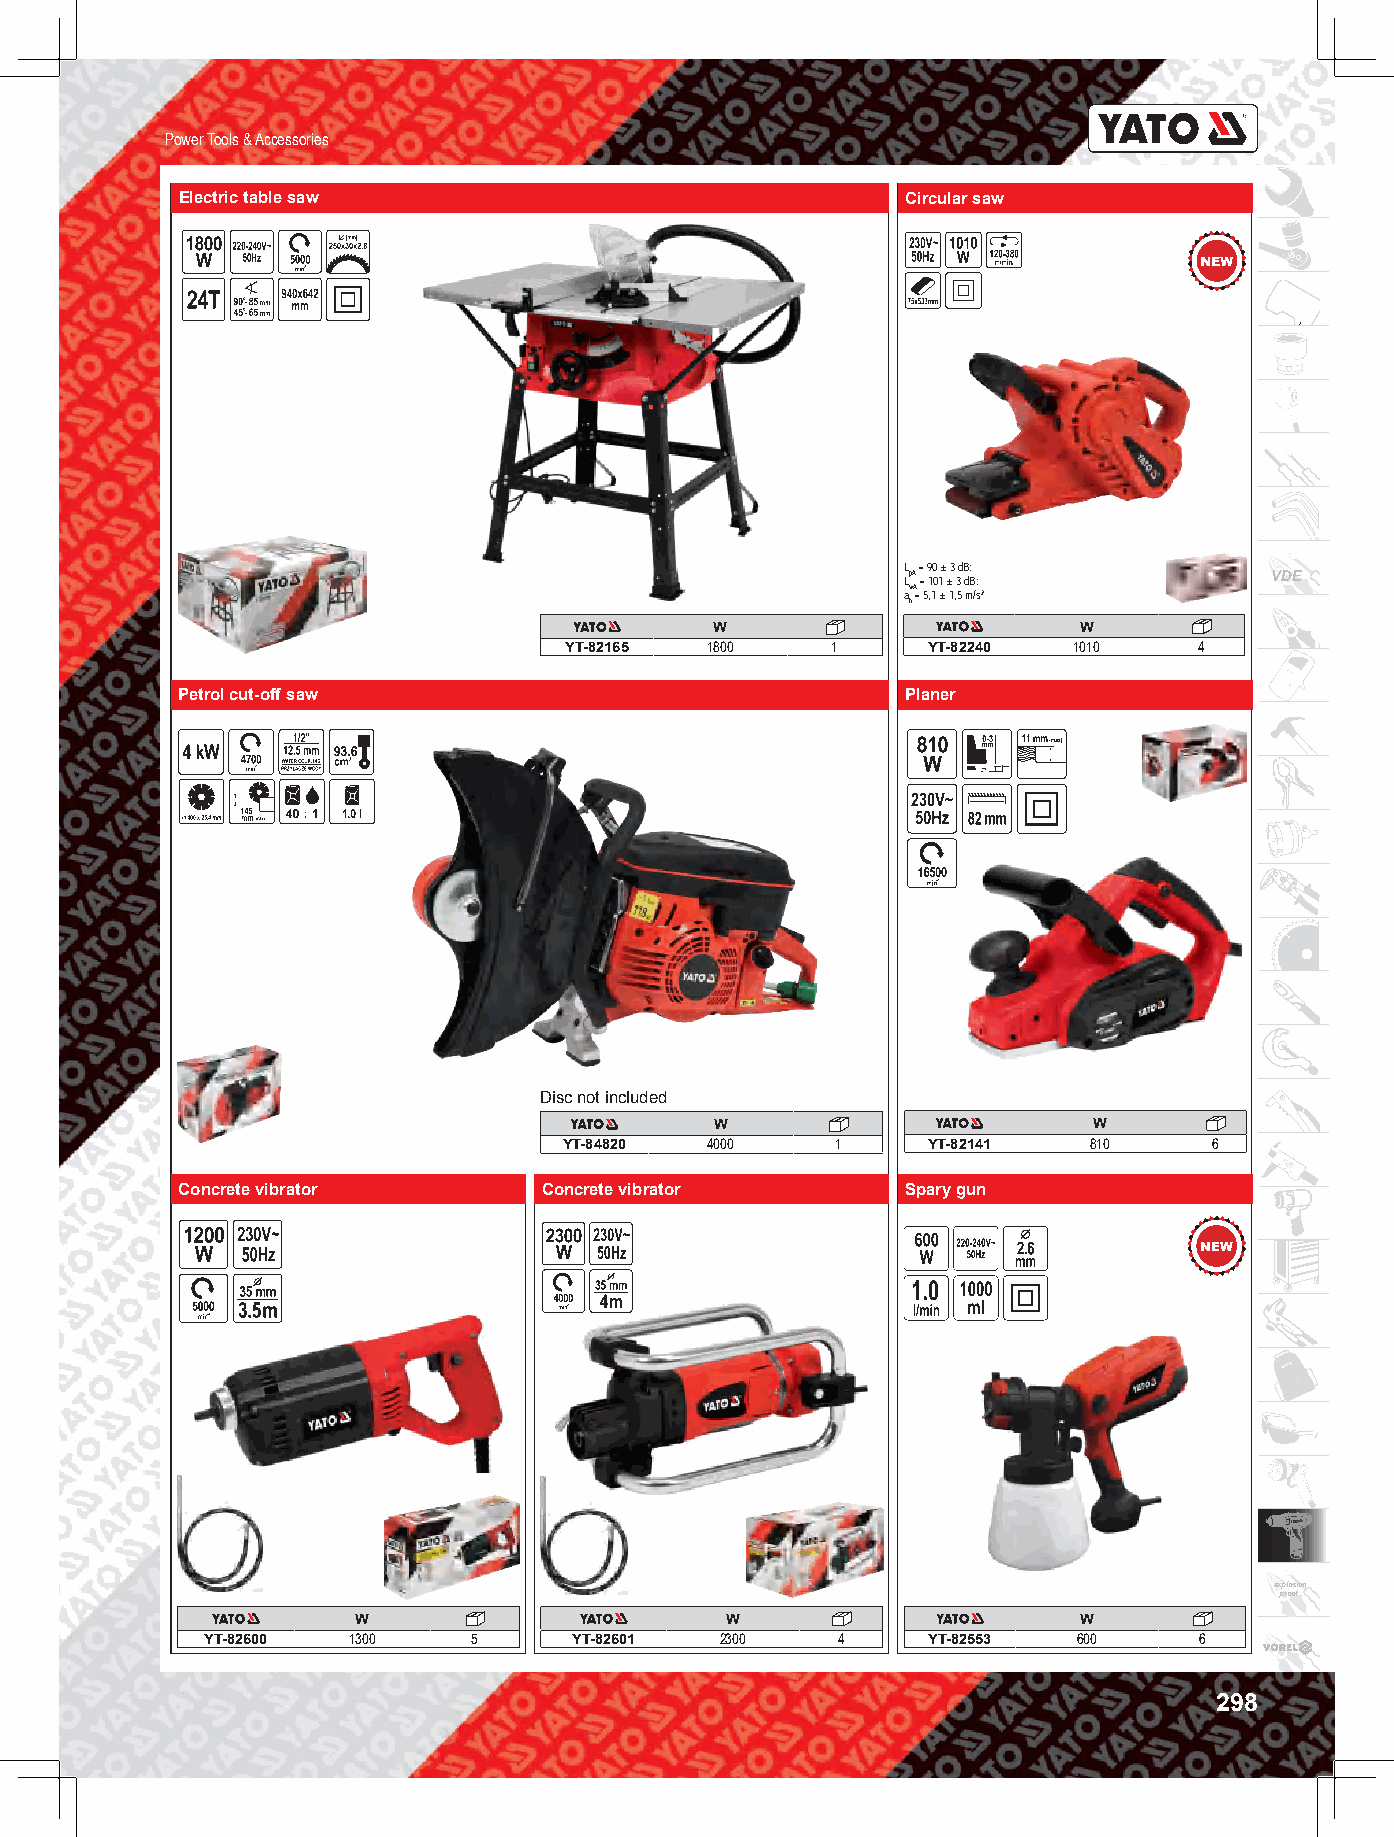
Power Tools & Accessories
 Electric table saw                              Circular saw
 L = 90 ± 3 dB;
 LpA = 101 ± 3 dB;       VDE
 wA
 a = 5,1 ± 1,5 m/s2
 h
 W                       W
 YT-82165  1800    1     YT-82240  1010    4
 Petrol cut-off saw                              Planer
 Disc not included
 W                        W
 YT-84820  4000    1     YT-82141   810     6
 Concrete vibrator       Concrete vibrator       Spary gun
 explosion
 proof
 W                       W                      W
 YT-82600 1300    5      YT-82601  2300   4     YT-82553  600     6
 298